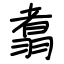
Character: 翥